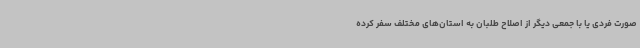
صورت فردی یا با جمعی دیگر از اصلاح طلبان به استان‌های مختلف سفر کرده